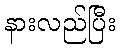
နားလည်ပြီး